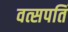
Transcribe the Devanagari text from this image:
वत्सपतिं